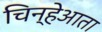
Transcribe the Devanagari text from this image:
चिन्हेआता